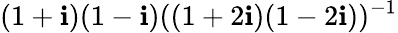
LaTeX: (1+\mathbf{i})(1-\mathbf{i})((1+2\mathbf{i})(1-2\mathbf{i}))^{-1}